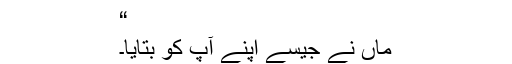
“
ماں نے جیسے اپنے آپ کو بتایا۔